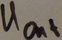
Text: UOut